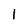
Character: l